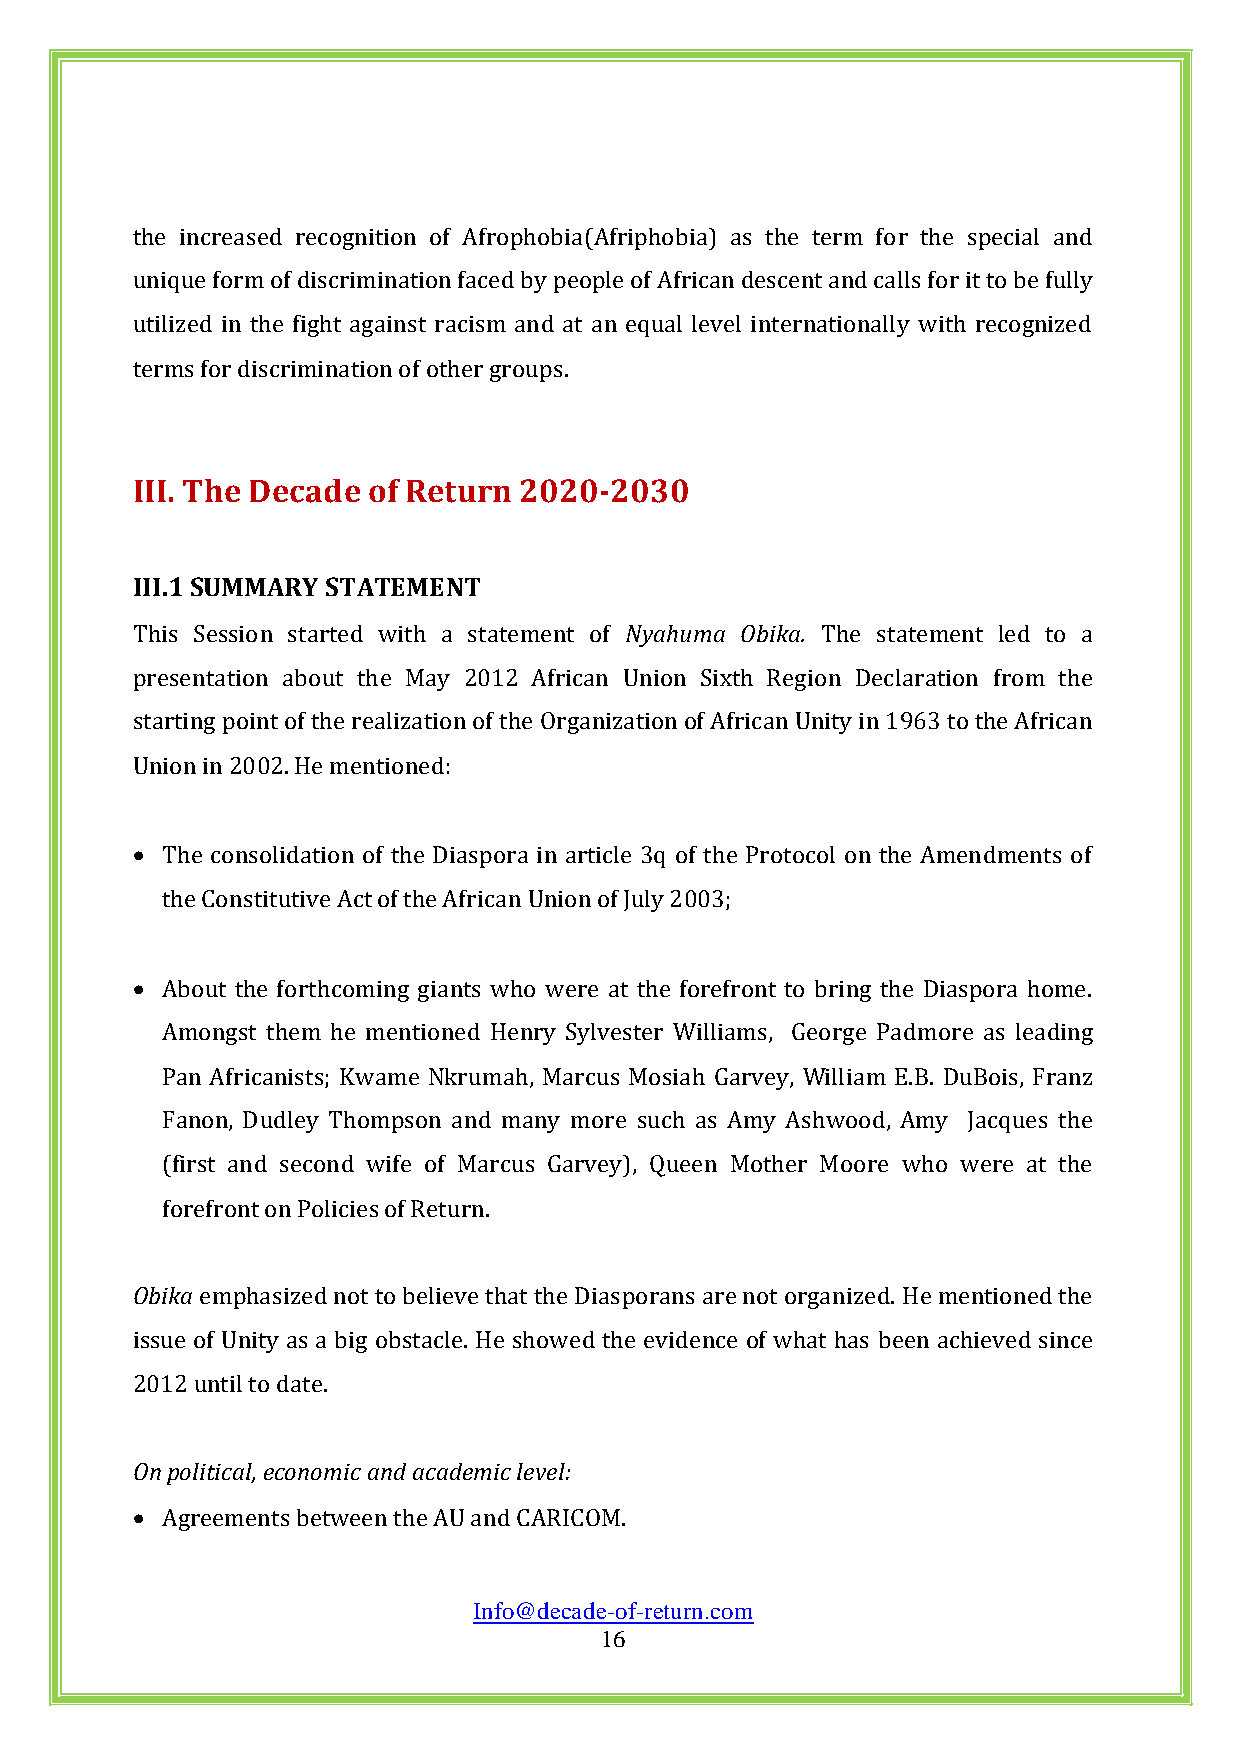
the increased recognition of Afrophobia(Afriphobia) as the term for the special and
 unique form of discrimination faced by people of African descent and calls for it to be fully
 utilized in the fight against racism and at an equal level internationally with recognized
 terms for discrimination of other groups.
 III. The Decade of Return 2020-2030
 III.1 SUMMARY STATEMENT
 This Session started with a statement of Nyahuma Obika. The statement led to a
 presentation about the May 2012 African Union Sixth Region Declaration from the
 starting point of the realization of the Organization of African Unity in 1963 to the African
 Union in 2002. He mentioned:
  The consolidation of the Diaspora in article 3q of the Protocol on the Amendments of
 the Constitutive Act of the African Union of July 2003;
  About the forthcoming giants who were at the forefront to bring the Diaspora home.
 Amongst them he mentioned Henry Sylvester Williams, George Padmore as leading
 Pan Africanists; Kwame Nkrumah, Marcus Mosiah Garvey, William E.B. DuBois, Franz
 Fanon, Dudley Thompson and many more such as Amy Ashwood, Amy Jacques the
 (first and second wife of Marcus Garvey), Queen Mother Moore who were at the
 forefront on Policies of Return.
 Obika emphasized not to believe that the Diasporans are not organized. He mentioned the
 issue of Unity as a big obstacle. He showed the evidence of what has been achieved since
 2012 until to date.
 On political, economic and academic level:
  Agreements between the AU and CARICOM.
 Info@decade-of-return.com
 16